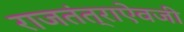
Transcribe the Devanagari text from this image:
राजतंत्राऐवजी